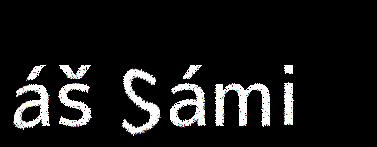
áš Sámi